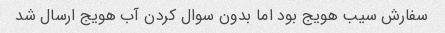
سفارش سیب هویج بود اما بدون سوال کردن آب هویج ارسال شد